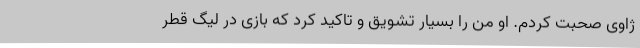
ژاوی صحبت کردم. او من را بسیار تشویق و تاکید کرد که بازی در لیگ قطر